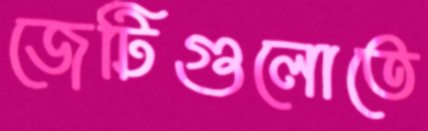
জেটিগুলোতে